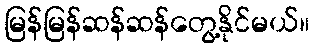
မြန်မြန်ဆန်ဆန်တွေ့နိုင်မယ်။